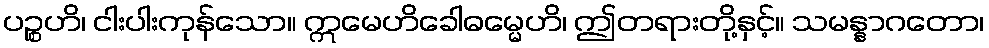
ပဉ္စဟိ၊ ငါးပါးကုန်သော။ ဣမေဟိခေါဓမ္မေဟိ၊ ဤတရားတို့နှင့်။ သမန္နာဂတော၊